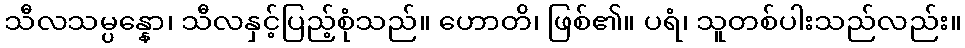
သီလသမ္ပန္နော၊ သီလနှင့်ပြည့်စုံသည်။ ဟောတိ၊ ဖြစ်၏။ ပရံ၊ သူတစ်ပါးသည်လည်း။